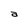
Character: a